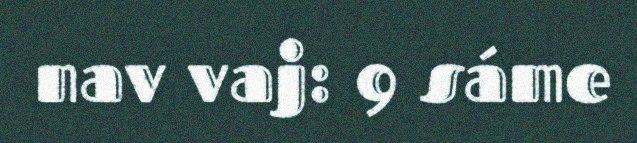
nav vaj: 9 sáme